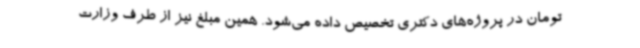
تومان در پروژه‌های دکتری تخصیص داده می‌شود. همین مبلغ نیز از طرف وزارت